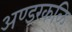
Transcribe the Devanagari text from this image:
अण्डरकळि